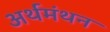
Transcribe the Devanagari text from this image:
अर्थमंथन